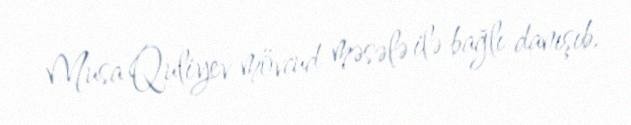
Musa Quliyev mövcud məsələ ilə bağlı danışıb.